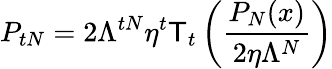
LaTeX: P_{tN}=2\Lambda^{tN}\eta^{t}\mathsf{T}_{t}\left(\frac{{P_{N}(x)}}{{2\eta\Lambda^{N}}}\right)